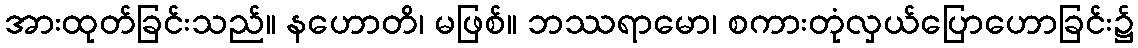
အားထုတ်ခြင်းသည်။ နဟောတိ၊ မဖြစ်။ ဘဿရာမော၊ စကားတုံလှယ်ပြောဟောခြင်း၌